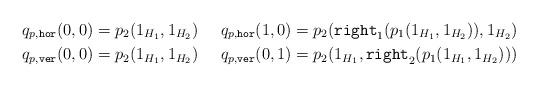
LaTeX: \begin{align*}q_{p,\texttt{hor}}(0,0)= p_2(1_{H_1},1_{H_2}) & & q_{p,\texttt{hor}}(1,0) = p_2(\texttt{right}_1(p_1(1_{H_1},1_{H_2})),1_{H_2})\\q_{p,\texttt{ver}}(0,0)= p_2(1_{H_1},1_{H_2}) & & q_{p,\texttt{ver}}(0,1) = p_2(1_{H_1},\texttt{right}_2(p_1(1_{H_1},1_{H_2})))\end{align*}